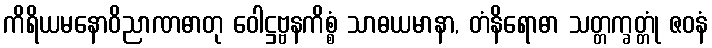
ကိရိယမနောဝိညာဏဓာတု ဝေါဋ္ဌဗ္ဗနကိစ္စံ သာဓယမာနာ, တံနိရောဓာ သတ္တက္ခတ္တုံ ဇဝနံ